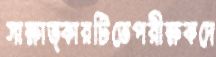
সাক্ষাত্কারটিতেপরীক্ষকদে